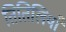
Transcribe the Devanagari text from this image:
तितिलियाँ